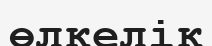
өлкелік